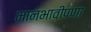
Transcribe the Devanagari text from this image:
मानभावीपणा